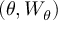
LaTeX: ( \theta , W _ { \theta } )